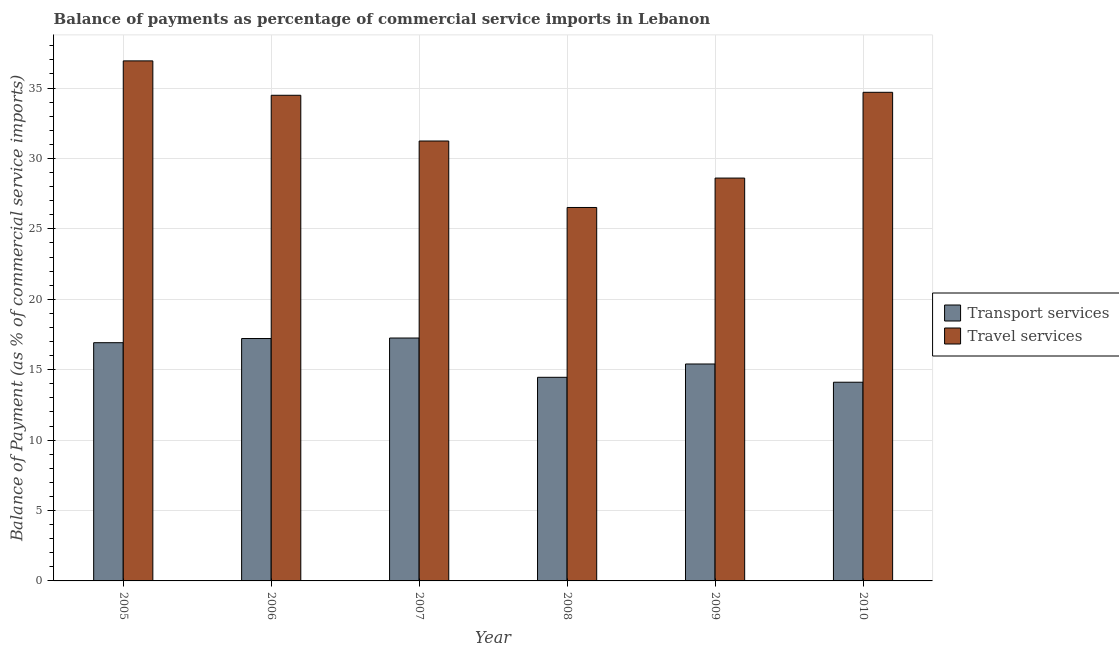
| Year | Transport services | Travel services |
 | --- | --- | --- |
 | 2005 | 16.9 | 36.9 |
 | 2006 | 17.2 | 34.5 |
 | 2007 | 17.2 | 31.2 |
 | 2008 | 14.5 | 26.5 |
 | 2009 | 15.4 | 28.6 |
 | 2010 | 14.1 | 34.7 |